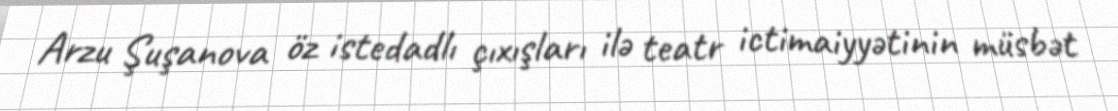
Arzu Şuşanova öz istedadlı çıxışları ilə teatr ictimaiyyətinin müsbət